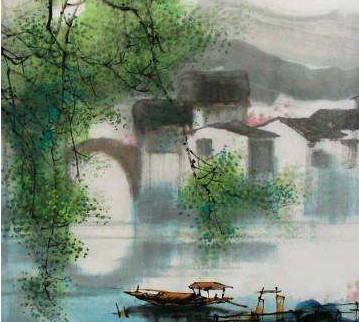
秋草六朝寒，花雨空坛。更无人处一凭阑。